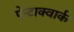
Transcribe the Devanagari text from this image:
पेन्टाक्वार्क